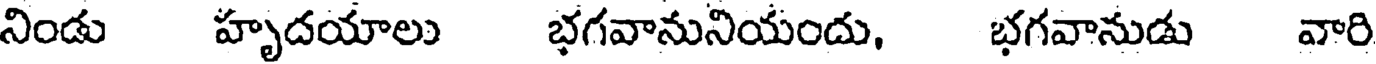
నిండు హృదయాలు భగవానునియందు, భగవానుడు వారి